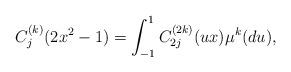
LaTeX: \begin{align*}C_j^{(k)}(2x^2 -1) = \int_{-1}^1 C_{2j}^{(2k)}(ux) \mu^{k}(du),\end{align*}